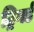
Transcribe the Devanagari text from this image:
ट्रिगर्ड